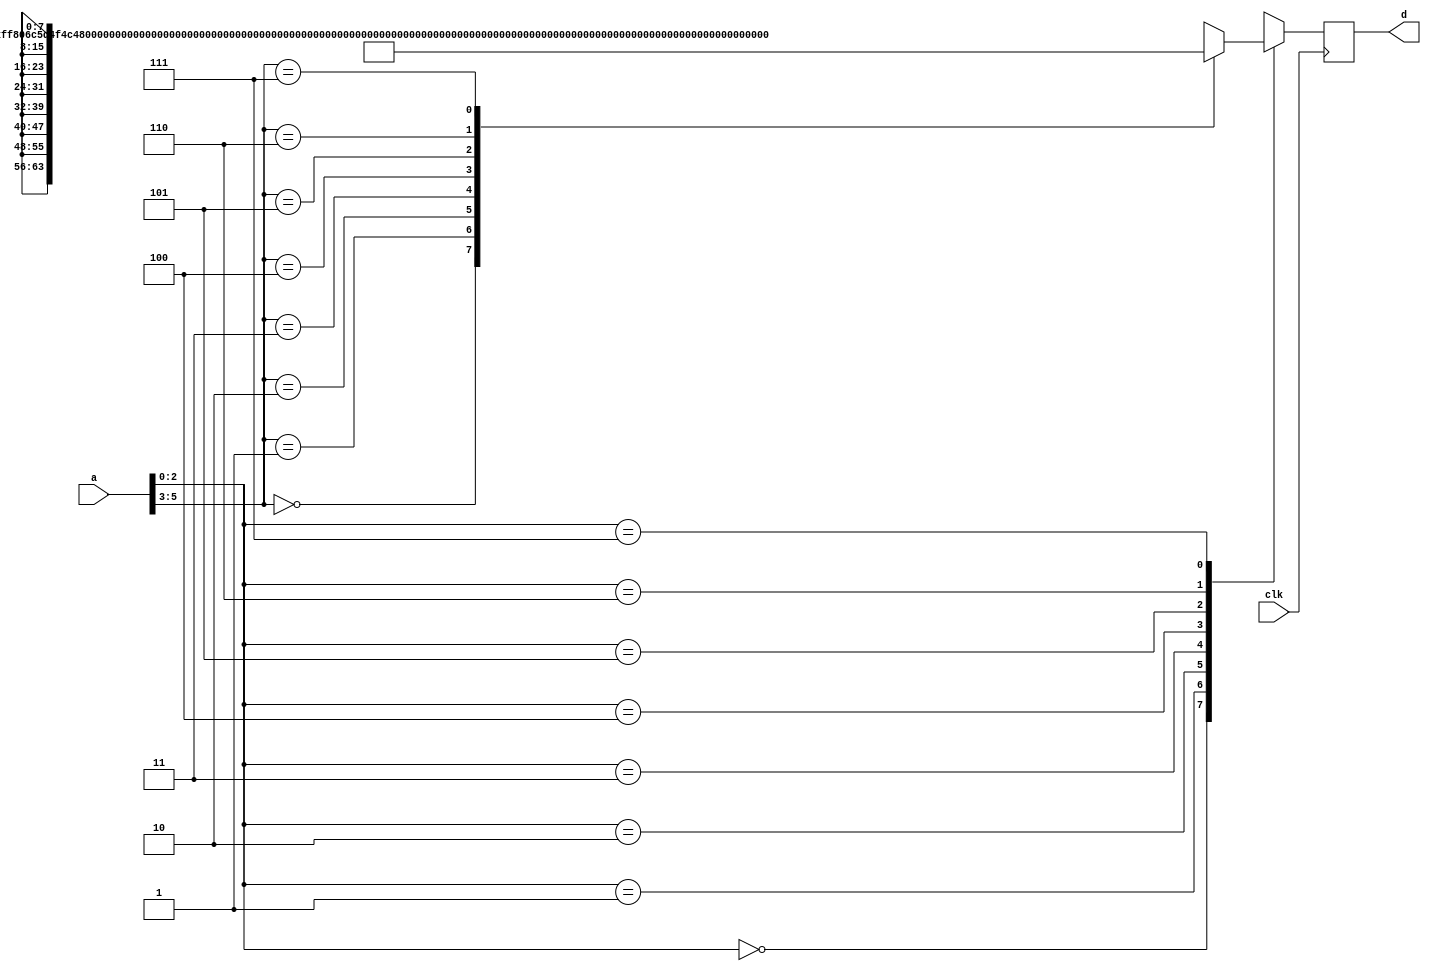
`timescale 1ns / 1ps

module ROM_SingleAddress(clk, a, d);
 input clk;                         // Declare I/Os.
 input [5:0] a;                     // This is the 6-bit address and
 output [7:0] d;                    // data output of ROM.
 reg [7:0] d;                       // Declare as the register.
 wire [7:0] d_next ;                // Declare as the wire.
 reg [63:0] mem [7:0] ;             // ROM organized as 8x64
 reg [7:0] byte_data [7:0] ;        // bits, but read byte-by-byte.
 wire [63:0] mem_data ;             // Declare 'assign' outputs as wire.
 wire [63:0] loc0 ;
 wire [63:0] loc1 ;
 wire [63:0] loc2 ;
 wire [63:0] loc3 ;
 wire [63:0] loc4 ;
 wire [63:0] loc5 ;
 wire [63:0] loc6 ;
 wire [63:0] loc7 ; 
 
  assign loc0 = 64'hFF806C5D4F4C473C ;
  assign loc1 = 64'h80805D554C473C37 ;
  assign loc2 = 64'h6C5D4F4C473C3C36 ;
  assign loc3 = 64'h5D5D4F4C473C3733 ;
  assign loc4 = 64'h5D4F4C47403B332B ;
  assign loc5 = 64'h4F4C47403B332B23 ;
  assign loc6 = 64'h4F4C473C362D251E ;
  assign loc7 = 64'h4C473B362D251E19 ;
  
  always @ (loc0 or loc1 or loc2 or loc3 or loc4 or loc5 or loc6 or loc7)
  begin
  // Bytes from each row is accessed in a raster scan order (MSB first, etc).
  mem [0] = loc0 ;
  mem [1] = loc1 ; 
  mem [2] = loc2 ;
  mem [3] = loc3 ;
  mem [4] = loc4 ;
  mem [5] = loc5 ;
  mem [6] = loc6 ;
  mem [7] = loc7 ;
  end
  
  always @ (mem_data)
  begin
  byte_data [0] = mem_data [63:56] ; // MSB is assigned as LSB.
  byte_data [1] = mem_data [55:48] ; 
  byte_data [2] = mem_data [47:40] ;
  byte_data [3] = mem_data [39:32] ;
  byte_data [4] = mem_data [31:24] ;
  byte_data [5] = mem_data [23:16] ;
  byte_data [6] = mem_data [15:8] ;
  byte_data [7] = mem_data [7:0] ; // LSB is assigned as MSB.
  end
  
  assign mem_data = mem [a[5:3]] ; // Get 64 bits data.
  assign d_next = byte_data [a[2:0]] ; // Get byte data.
  
  always @ (posedge clk)
   d <= d_next ; // Register byte data. 
endmodule